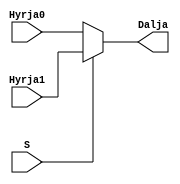
`timescale 1ns / 1ps
//////////////////////////////////////////////////////////////////////////////////
// Company: 
// Engineer: 
// 
// Design Name: 
// Module Name: mux2ne1_2bit
// Project Name: 
// Target Devices: 
// Tool Versions: 
// Description: 
// 
// Dependencies: 
// 
// Revision:
// Revision 0.01 - File Created
// Additional Comments:
// 
//////////////////////////////////////////////////////////////////////////////////


module mux2ne1_2bit(
    input[1:0] Hyrja0,
    input[1:0] Hyrja1,
    input S,
    output[1:0] Dalja
    );
    
assign Dalja = S ? Hyrja1 : Hyrja0;

endmodule